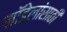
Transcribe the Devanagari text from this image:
मॉडेलांसाठी